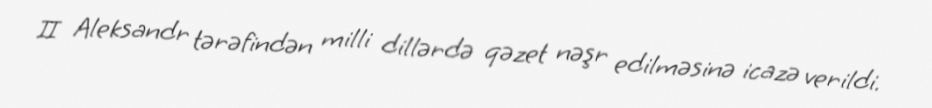
II Aleksandr tərəfindən milli dillərdə qəzet nəşr edilməsinə icazə verildi.